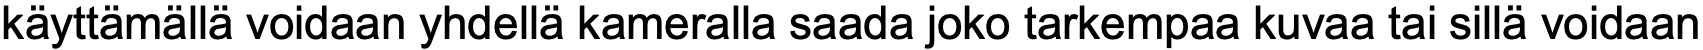
käyttämällä voidaan yhdellä kameralla saada joko tarkempaa kuvaa tai sillä voidaan